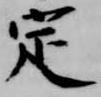
定